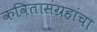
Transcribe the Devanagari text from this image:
कवितासंग्रहांचा